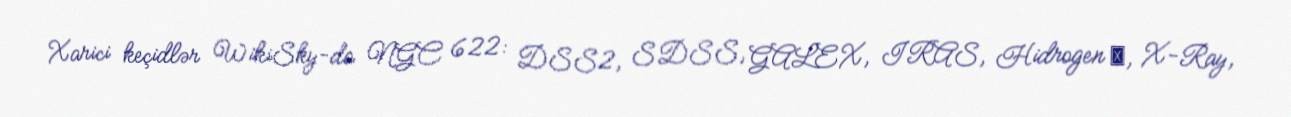
Xarici keçidlər WikiSky-da NGC 622: DSS2, SDSS, GALEX, IRAS, Hidrogen α, X-Ray,